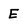
Character: E